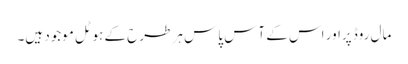
مال روڈ پراور اس کے آس پاس ہر طرح کے ہوٹل موجود ہیں۔